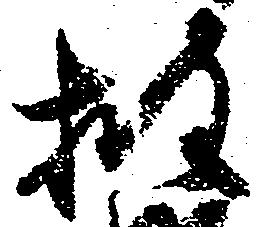
披